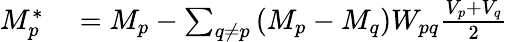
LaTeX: \begin{array}{rl}{M_{p}^{*}}&{{}=M_{p}-\sum_{q\neq p}{(M_{p}-M_{q})W_{pq}\frac{V_{p}+V_{q}}{2}}}\end{array}